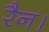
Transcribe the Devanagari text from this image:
रैन।